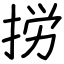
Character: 𢭐